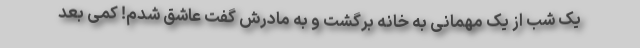
یک شب از یک مهمانی به خانه برگشت و به مادرش گفت عاشق شدم! کمی بعد